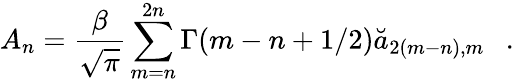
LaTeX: A_{n}={\frac{\beta}{\sqrt{\pi}}}\sum_{m=n}^{2n}\Gamma(m-n+1/2)\breve{a}_{2(m-n),m}~~~.